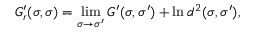
G _ { r } ^ { \prime } ( \sigma , \sigma ) = \operatorname * { l i m } _ { \sigma \rightarrow \sigma ^ { \prime } } G ^ { \prime } ( \sigma , \sigma ^ { \prime } ) + \ln d ^ { 2 } ( \sigma , \sigma ^ { \prime } ) ,